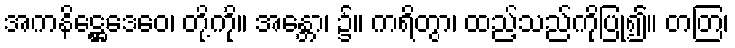
အကနိဋ္ဌေဒေဝေ၊ တို့ကို။ အန္တော၊ ၌။ ကရိတွာ၊ ထည့်သည်ကိုပြု၍။ တတြ၊